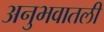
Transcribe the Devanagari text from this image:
अनुभवातली